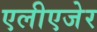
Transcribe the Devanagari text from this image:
एलीएजेर